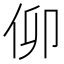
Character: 𠇩